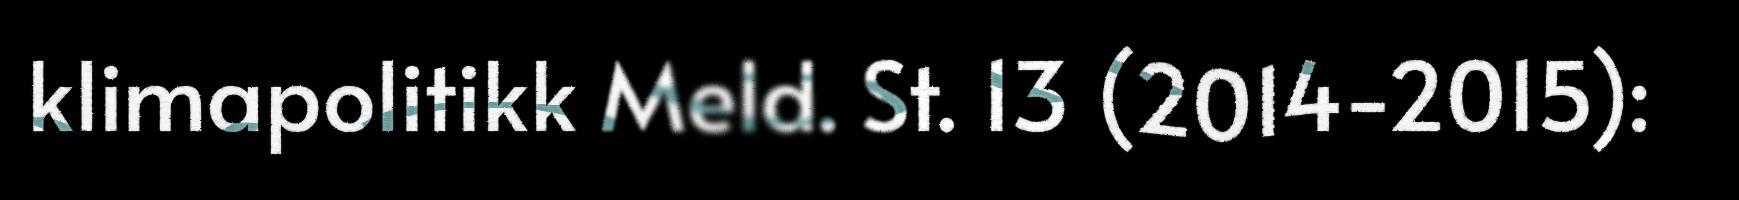
klimapolitikk Meld. St. 13 (2014-2015):